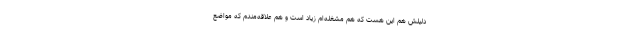
دلیلش هم این هست که هم مشغله‌ام زیاد است و هم علاقه‌مندم که مواضع